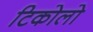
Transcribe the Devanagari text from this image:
टिकोलो